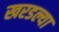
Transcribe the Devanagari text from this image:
खरडल्या